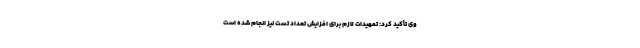
وی تأکید کرد: تمهیدات لازم برای افزایش تعداد تست نیز انجام شده است